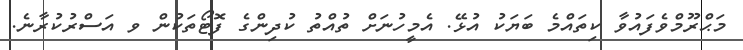
މަޙްރޫމްވެފައުވާ ކިތައްމެ ބަޔަކު އުޅޭ. އެމީހުނަށް ތުއްތު ކުދިންގެ ފޮޓޯތަކުން ވ އަސްރުކުރާނެ.